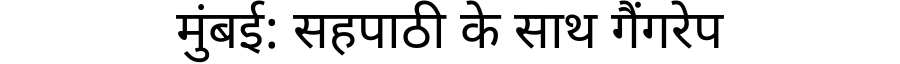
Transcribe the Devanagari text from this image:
मुंबई: सहपाठी के साथ गैंगरेप